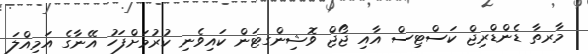
މާރތާ ޑެންޑްރިޖް ކަސްޓިސް އާއި ޖޯޖް ވޮޝިންގޓަން ކައިވެނި ކުރުމަށްފަހު އޭނާގެ އަމިއްލަ